Medical and sanitary report of the native army of Bengal for the year
Year: 1875
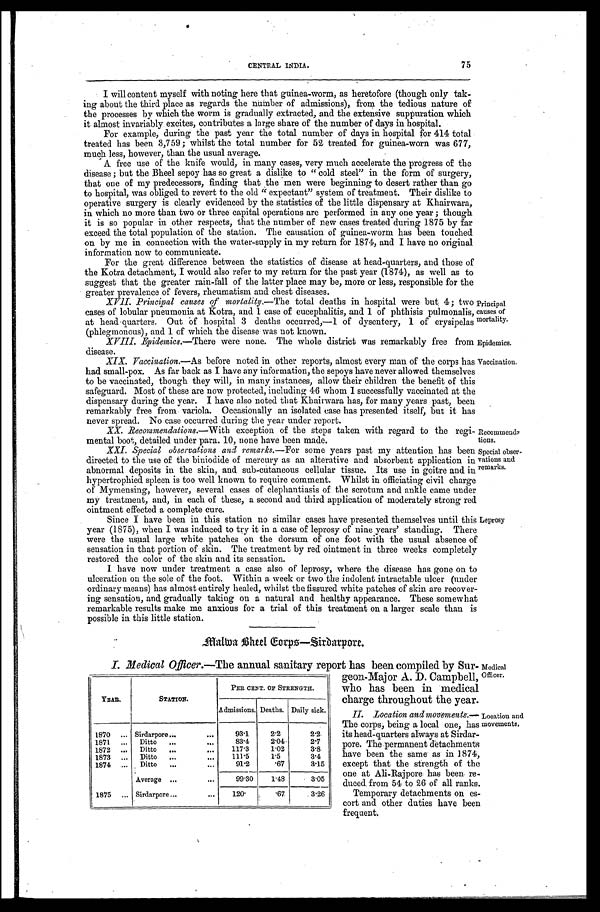
Epidemics.
Vaccination.
75
CENTRAL INDIA.
I will content myself with noting here that guinea-worm, as heretofore (though only tak
-
ing about the third place as regards the number of admissions), from the tedious nature of
the processes by which the worm is gradually extracted, and the extensive suppuration which
it almost invariably excites, contributes a large share of the number of days in hospital.
For example, during the past year the total number of days in hospital for 414 total
treated has been 3,759; whilst the total number for 52 treated for guinea-worn was 677,
much less, however, than the usual average.
A free use of the knife would, in many cases, very much accelerate the progress of the
disease ; but the Bheel sepoy has so great a dislike to " cold steel" in the form of surgery,
that one of my predecessors, finding that the men were beginning to desert rather than go
to hospital, was obliged to revert to the old " expectant" system of treatment. Their dislike to
operative surgery is clearly evidenced by the statistics of the little dispensary at Khairwara,
in which no more than two or three capital operations are performed in any one year; though
it is so popular in other respects, that the number of new cases treated during 1875 by far
exceed the total population of the station. The causation of guinea-worm has been touched
on by me in connection with the water-supply in my return for 1874, and I have no original
information now to communicate.
For the great difference between the statistics of disease at head-quarters, and those of
the Kotra detachment, I would also refer to my return for the past year (1874), as well as to
suggest that the greater rain-fall of the latter place may be, more or less, responsible for the
greater prevalence of fevers, rheumatism and chest diseases.
XVII. Principal causes morlality.— The total deaths in hospital were but 4; two
cases of lobular pneumonia at Kotra, and 1 case of encephalitis, and 1 of phthisis pulmonalis,
at head-quarters. Out of hospital 3 deaths occurred,-1 of dysentery, 1 of erysipelas
(phlegmonous). and 1 of which the disease was not known.
Principal
causes of
mortality.
XVIII. Epidemics.—There were none. The whole district was remarkably free from
disease.
XIX. Vaccination.— As before noted in other reports, almost every man of the corps has
had small-pox. As far back as I have any information, the sepoys have never allowed themselves
to be vaccinated, though they will, in many instances, allow their children the benefit of this
safeguard. Most of these are now protected, including 46 whom I successfully vaccinated at the
dispensary during the year. I have also noted that Khairwara has, for many years past, been
remarkably free from variola. Occasionally an isolated case has presented itself, but it has
never spread. No case occurred during the year under report.
XX. Recommendations.— With exception of the steps taken with regard to the regi
-
mental boot, detailed under para. 10, none have been made.
XXI. Special observations and remarks.— For some years past my attention has been
directed to the use of the biniodide of mercury as an alterative and absorbent application in
abnormal deposits in the skin, and sub-cutaneous cellular tissue. Its use in goitre and in
hypertrophied spleen is too well known to require comment. Whilst in officiating civil charge
of Mymensing, however, several cases of elephantiasis of the scrotum and ankle came under
my treatment, and, in each of these, a second and third application of moderately strong red
ointment effected a complete cure.
Recommends
tions.
Special obser
-
vations and
remarks.
Since I have been in this station no similar cases have presented themselves until this
year (1875), when I was induced to try it in a case of leprosy of nine years' standing. There
were the usual large white patches on the dorsum of one foot with the usual absence of
sensation in that portion of skin. The treatment by red ointment in three weeks completely
restored the color of the skin and its sensation.
I have now under treatment a case also of leprosy, where the disease has gone on to
ulceration on the sole of the foot. Within a week or two the indolent intractable ulcer (under
ordinary means) has almost entirely healed, whilst the fissured white patches of skin are recover-
ing sensation, and gradually taking on a natural and healthy appearance. These somewhat
remarkable results make me anxious for a trial of this treatment on a larger scale than is
possible in this little station.
Leprosy
Malwa Bheel Gorps—Sirdarpore.
I. Medical Officer.—The annual sanitary report has been compiled by Sur
-
geon-Major A. D. Campbell,
who has been in medical
charge throughout the year.
Medical
Officer.
YEAR.
STATION.
PER CENT. OF STRENGTH.
Admissions. Deaths. Daily sick.
1870 . . .
Sirdarpore . . .
93.1
2.2
2.2
1871 . . .
Ditto . . .
83.4
2.04-
2 . 7
1872 . . .
Ditto . . .
117.3
1.02
3.8
1873 . . .
Ditto . . .
111.5
1.5
3.4
1874 . . .
Ditto . . .
91.2
.67
3.15
Average . . .
99.30
1.48
3.05
1875 . . .
Sirdarpore . . .
120.
.67
3.26
II.
Location and movements.—
The corps; being a local one, has
its head-quarters always at Sirdar
-
pore. The.permanent detachments
have been the same as in 1874,
except that the strength of the
one at Ali-Rajpore has been re
-
duced from 54 to 26 of all ranks,
Temporary detachments on es
-
cort and other duties have been
frequent.
Location and
movements.